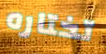
تختاره